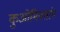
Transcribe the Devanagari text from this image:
कुओमिनतांग